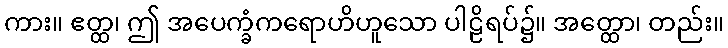
ကား။ ဧတ္ထ၊ ဤ အပေက္ခံကရောဟိဟူသော ပါဠိရပ်၌။ အတ္ထော၊ တည်း။